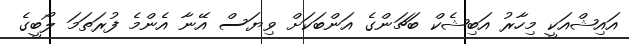
އައިޝްއަކީ މިހާރު އަބިޝެކް ބަޗަންގެ އަންބަކަށް ވިޔަސް އޭނާ އެންމެ ފުރަތަމަ ލޯބީގެ